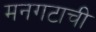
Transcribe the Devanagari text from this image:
मनगटाची